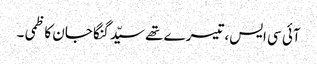
آئی سی ایس، تیسرے تھے سیّد گنگا جان کاظمی ۔